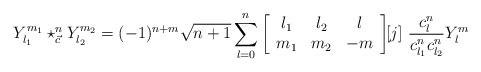
LaTeX: \begin{align*}Y_{l_{1}}^{m_{1}}\star_{\vec{c}}^{n}Y_{l_{2}}^{m_{2}}=(-1)^{n+m}\sqrt{n+1}\sum_{l=0}^{n}\left[\begin{array}[c]{ccc}l_{1} & l_{2} & l\\m_{1} & m_{2} & -m\end{array}\right] \!\!{[j]}\ \frac{c_{l}^{n}}{c_{l_{1}}^{n}c_{l_{2}}^{n}}Y_{l}^{m}\ \ \end{align*}